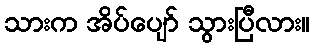
သားက အိပ်ပျော် သွားပြီလား။